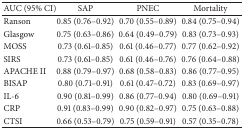
| AUC (95% CI) | SAP | PNEC | Mortality |
 | --- | --- | --- | --- |
 | Ranson | 0.85 (0.76–0.92) | 0.70 (0.55–0.89) | 0.84 (0.75–0.94) |
 | Glasgow | 0.75 (0.63–0.86) | 0.64 (0.49–0.79) | 0.83 (0.73–0.93) |
 | MOSS | 0.73 (0.61–0.85) | 0.61 (0.46–0.77) | 0.77 (0.62–0.92) |
 | SIRS | 0.73 (0.61–0.85) | 0.61 (0.46–0.76) | 0.76 (0.64–0.88) |
 | APACHE II | 0.88 (0.79–0.97) | 0.68 (0.58–0.83) | 0.86 (0.77–0.95) |
 | BISAP | 0.80 (0.71–0.91) | 0.61 (0.47–0.72) | 0.83 (0.69–0.97) |
 | IL-6 | 0.90 (0.81–0.99) | 0.86 (0.77–0.94) | 0.80 (0.69–0.91) |
 | CRP | 0.91 (0.83–0.99) | 0.90 (0.82–0.97) | 0.75 (0.63–0.88) |
 | CTSI | 0.66 (0.53–0.79) | 0.75 (0.59–0.91) | 0.57 (0.35–0.78) |